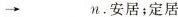
→_____n.安居；定居